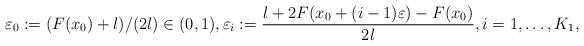
LaTeX: \begin{align*}\varepsilon_0:= (F(x_0)+l)/(2l) \in (0,1), \varepsilon_{i} := \frac{l+2F(x_0+ (i-1) \varepsilon)-F(x_0)}{2l},i=1, \dots, K_1,\end{align*}